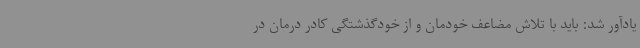
یادآور شد: باید با تلاش مضاعف خودمان و از خودگذشتگی کادر درمان در